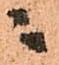
ニ